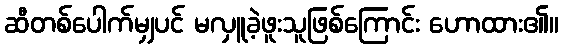
ဆီတစ်ပေါက်မျှပင် မလှူခဲ့ဖူးသူဖြစ်ကြောင်း ဟောထား၏။